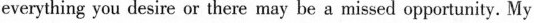
andeverything you desire or there may be a missed opportunity. My